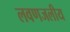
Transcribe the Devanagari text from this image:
लवणजलीय